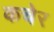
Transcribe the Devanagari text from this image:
कचेर